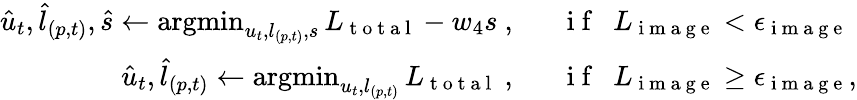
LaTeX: \begin{array}{rl}{\hat{u}_{t},\hat{l}_{(p,t)},\hat{s}\leftarrow\operatorname*{argmin}_{u_{t},l_{(p,t)},s}L_{\mathrm{~t~o~t~a~l~}}-w_{4}s\ ,\ \ }&{{}\mathrm{~i~f~}\ \ L_{\mathrm{~i~m~a~g~e~}}<\epsilon_{\mathrm{~i~m~a~g~e~}}}\\ {\hat{u}_{t},\hat{l}_{(p,t)}\leftarrow\operatorname*{argmin}_{u_{t},l_{(p,t)}}L_{\mathrm{~t~o~t~a~l~}}\ ,\ \ }&{{}\mathrm{~i~f~}\ \ L_{\mathrm{~i~m~a~g~e~}}\geq\epsilon_{\mathrm{~i~m~a~g~e~}},}\end{array}